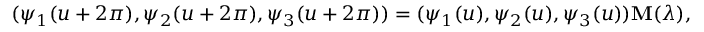
( \psi _ { 1 } ( u + 2 \pi ) , \psi _ { 2 } ( u + 2 \pi ) , \psi _ { 3 } ( u + 2 \pi ) ) = ( \psi _ { 1 } ( u ) , \psi _ { 2 } ( u ) , \psi _ { 3 } ( u ) ) { \bf M } ( \lambda ) ,